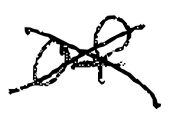
Text: of
Cross-out: cross
Writing tool: digital_black